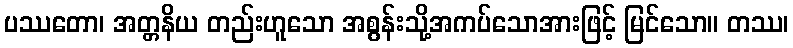
ပဿတော၊ အတ္တနိယ တည်းဟူသော အစွန်းသို့အကပ်သောအားဖြင့် မြင်သော။ တဿ၊